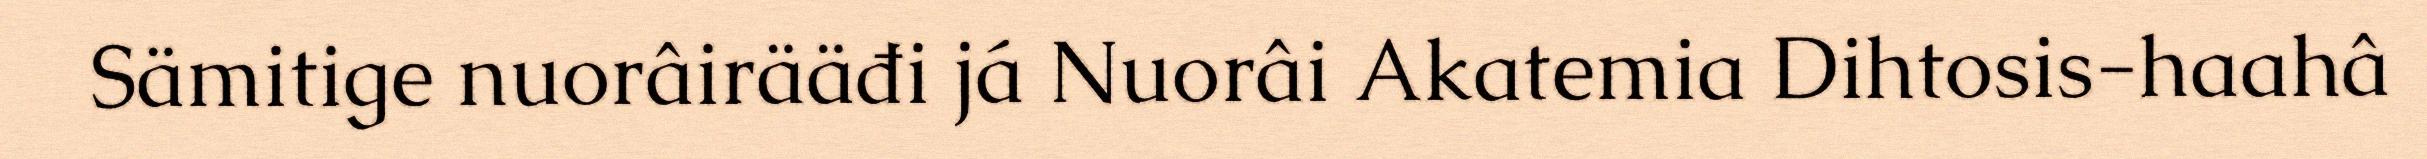
Sämitige nuorâirääđi já Nuorâi Akatemia Dihtosis-haahâ